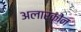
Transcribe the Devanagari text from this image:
अलार्कोंन